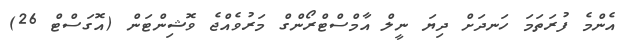
އެންމެ ފުރަތަމަ ހަނދަށް ދިޔަ ނީލް އާމްސްޓްރޯންގް މަރުވެއްޖެ ވޮޝިންޓަން (އޮގަސްޓް 26)